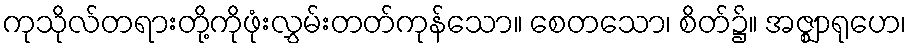
ကုသိုလ်တရားတို့ကိုဖုံးလွှမ်းတတ်ကုန်သော။ စေတသော၊ စိတ်၌။ အဇ္ဈာရုဟေ၊